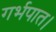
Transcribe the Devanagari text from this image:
गर्भपात।